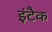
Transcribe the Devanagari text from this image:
इंटैक